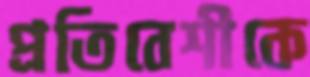
প্রতিবেশীকে